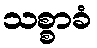
သစ္စာခံ